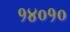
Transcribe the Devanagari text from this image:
१४०१०